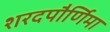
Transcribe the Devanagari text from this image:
शरदपौर्णिमा